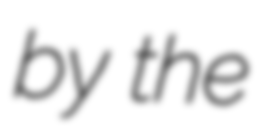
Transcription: by the